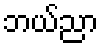
ဘယ်ညာ